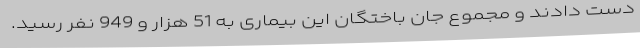
دست دادند و مجموع جان باختگان این بیماری به 51 هزار و 949 نفر رسید.